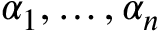
\alpha _ { 1 } , \ldots , \alpha _ { n }